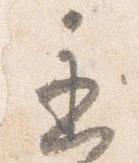
遅